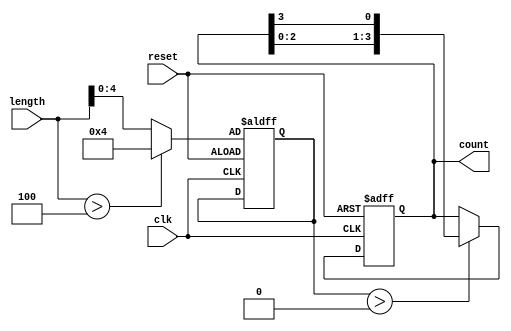
module variable_length_ring_counter #(
    parameter N = 4  // Default length of the counter (number of bits)
)(
    input wire clk,          // Clock signal
    input wire reset,        // Asynchronous reset signal
    input wire [31:0] length, // Length of the counter (max N can be 32)
    output reg [N-1:0] count // Output count (ring state)
);

    // Internal signal to hold the actual length of the counter
    reg [4:0] actual_length; // 5 bits to hold values up to 31

    always @(posedge clk or posedge reset) begin
        if (reset) begin
            // Initialize the counter on reset
            actual_length <= (length > N) ? N : length; // Ensure length does not exceed N
            count <= 0;
            count[0] <= 1; // Set the first flip-flop to '1'
        end else begin
            // Shift the '1' in the ring counter
            if (actual_length > 0) begin
                count <= {count[N-2:0], count[N-1]}; // Shift left and wrap around
            end
        end
    end

endmodule